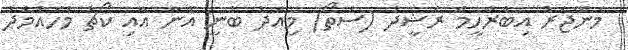
މެނޭޖަރު އިބްރާހީމް ރަޝީދު (ސަތޯ) މިއަދު ބުނީ އޭނާ އާއި ކޯޗު މުހައްމަދު